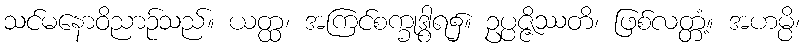
သင်မနောဝိညာဉ်သည်။ ယတ္ထ၊ အကြင်စက္ခုဒွါရ၌။ ဥပ္ပဇ္ဇိဿတိ၊ ဖြစ်လတ္တံ့။ အဟမ္ပိ၊